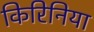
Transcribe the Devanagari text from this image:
किरिनिया